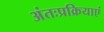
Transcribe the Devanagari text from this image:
अंतःप्रक्रियाएं